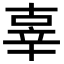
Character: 辜